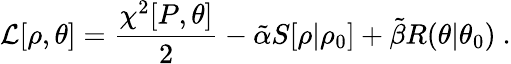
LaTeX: \mathcal{L}[\rho,\theta]=\frac{\chi^{2}[P,\theta]}{2}-\tilde{\alpha}S[\rho|\rho_{0}]+\tilde{\beta}R(\theta|\theta_{0})~.